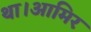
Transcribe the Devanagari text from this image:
था।आमिर